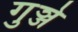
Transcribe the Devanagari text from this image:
गुञ्जे